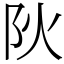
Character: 阦